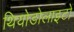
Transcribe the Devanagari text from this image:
थियोडोलाइटों